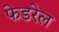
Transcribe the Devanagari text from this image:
फेडरेल